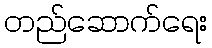
တည်ဆောက်ရေး